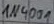
Text: 1N4001